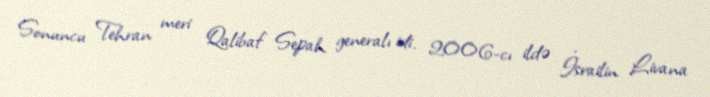
Sonuncu Tehran meri Qalibaf Sepah generalı idi. 2006-cı ildə İsrailin Livana